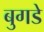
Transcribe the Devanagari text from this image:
बुगडे